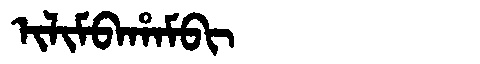
Manchu: ᡳᠯᡳᠮᠪᠠᡥᠠᠮᠪᡳ
Romanization: ILIMBAHAMBI